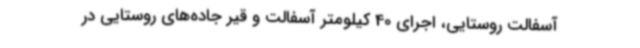
آسفالت روستایی، اجرای 40 کیلومتر آسفالت و قیر جاده‌های روستایی در